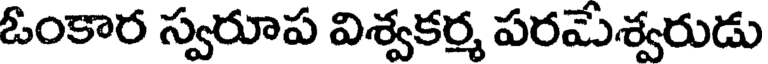
ఓంకార స్వరూప విశ్వకర్మ పరమేశ్వరుడు